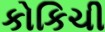
કોકિચી